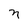
Character: n